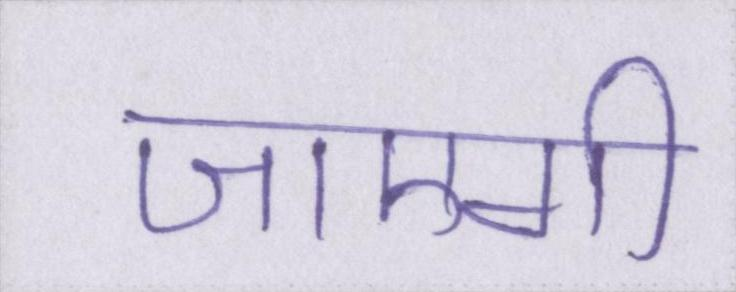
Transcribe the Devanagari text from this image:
जाएगी